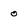
Character: o